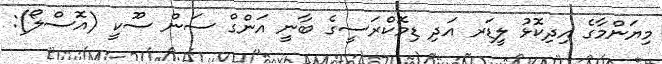
މިޔަންމާގެ އިދިކޮޅު ލީޑަރ އަދި ޑިމޮކްރަސީގެ ބާނީ އަންގް ސަން ސޫކީ (އޮސްލޯ):